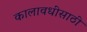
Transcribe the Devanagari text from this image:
कालावधींसाठी